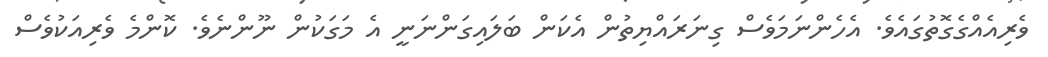
ވެރިއެއްގެގޮތުގައެވެ. އެހެންނަމަވެސް ގިނަރައްޔިތުން އެކަން ބަލައިގަންނަނީ އެ މަގަކުން ނޫންނެވެ. ކޮންމެ ވެރިއަކުވެސް